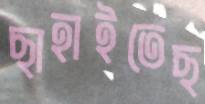
ছাহাইতেছ